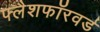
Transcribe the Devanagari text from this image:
फ्लैशफॉरवर्ड